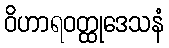
ဝိဟာရဝတ္ထုဒေသနံ